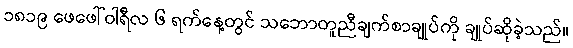
၁၈၁၉ ဖေဖေါ်ဝါရီလ ၆ ရက်နေ့တွင် သဘောတူညီချက်စာချုပ်ကို ချုပ်ဆိုခဲ့သည်။